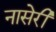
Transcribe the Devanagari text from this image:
नासेरी